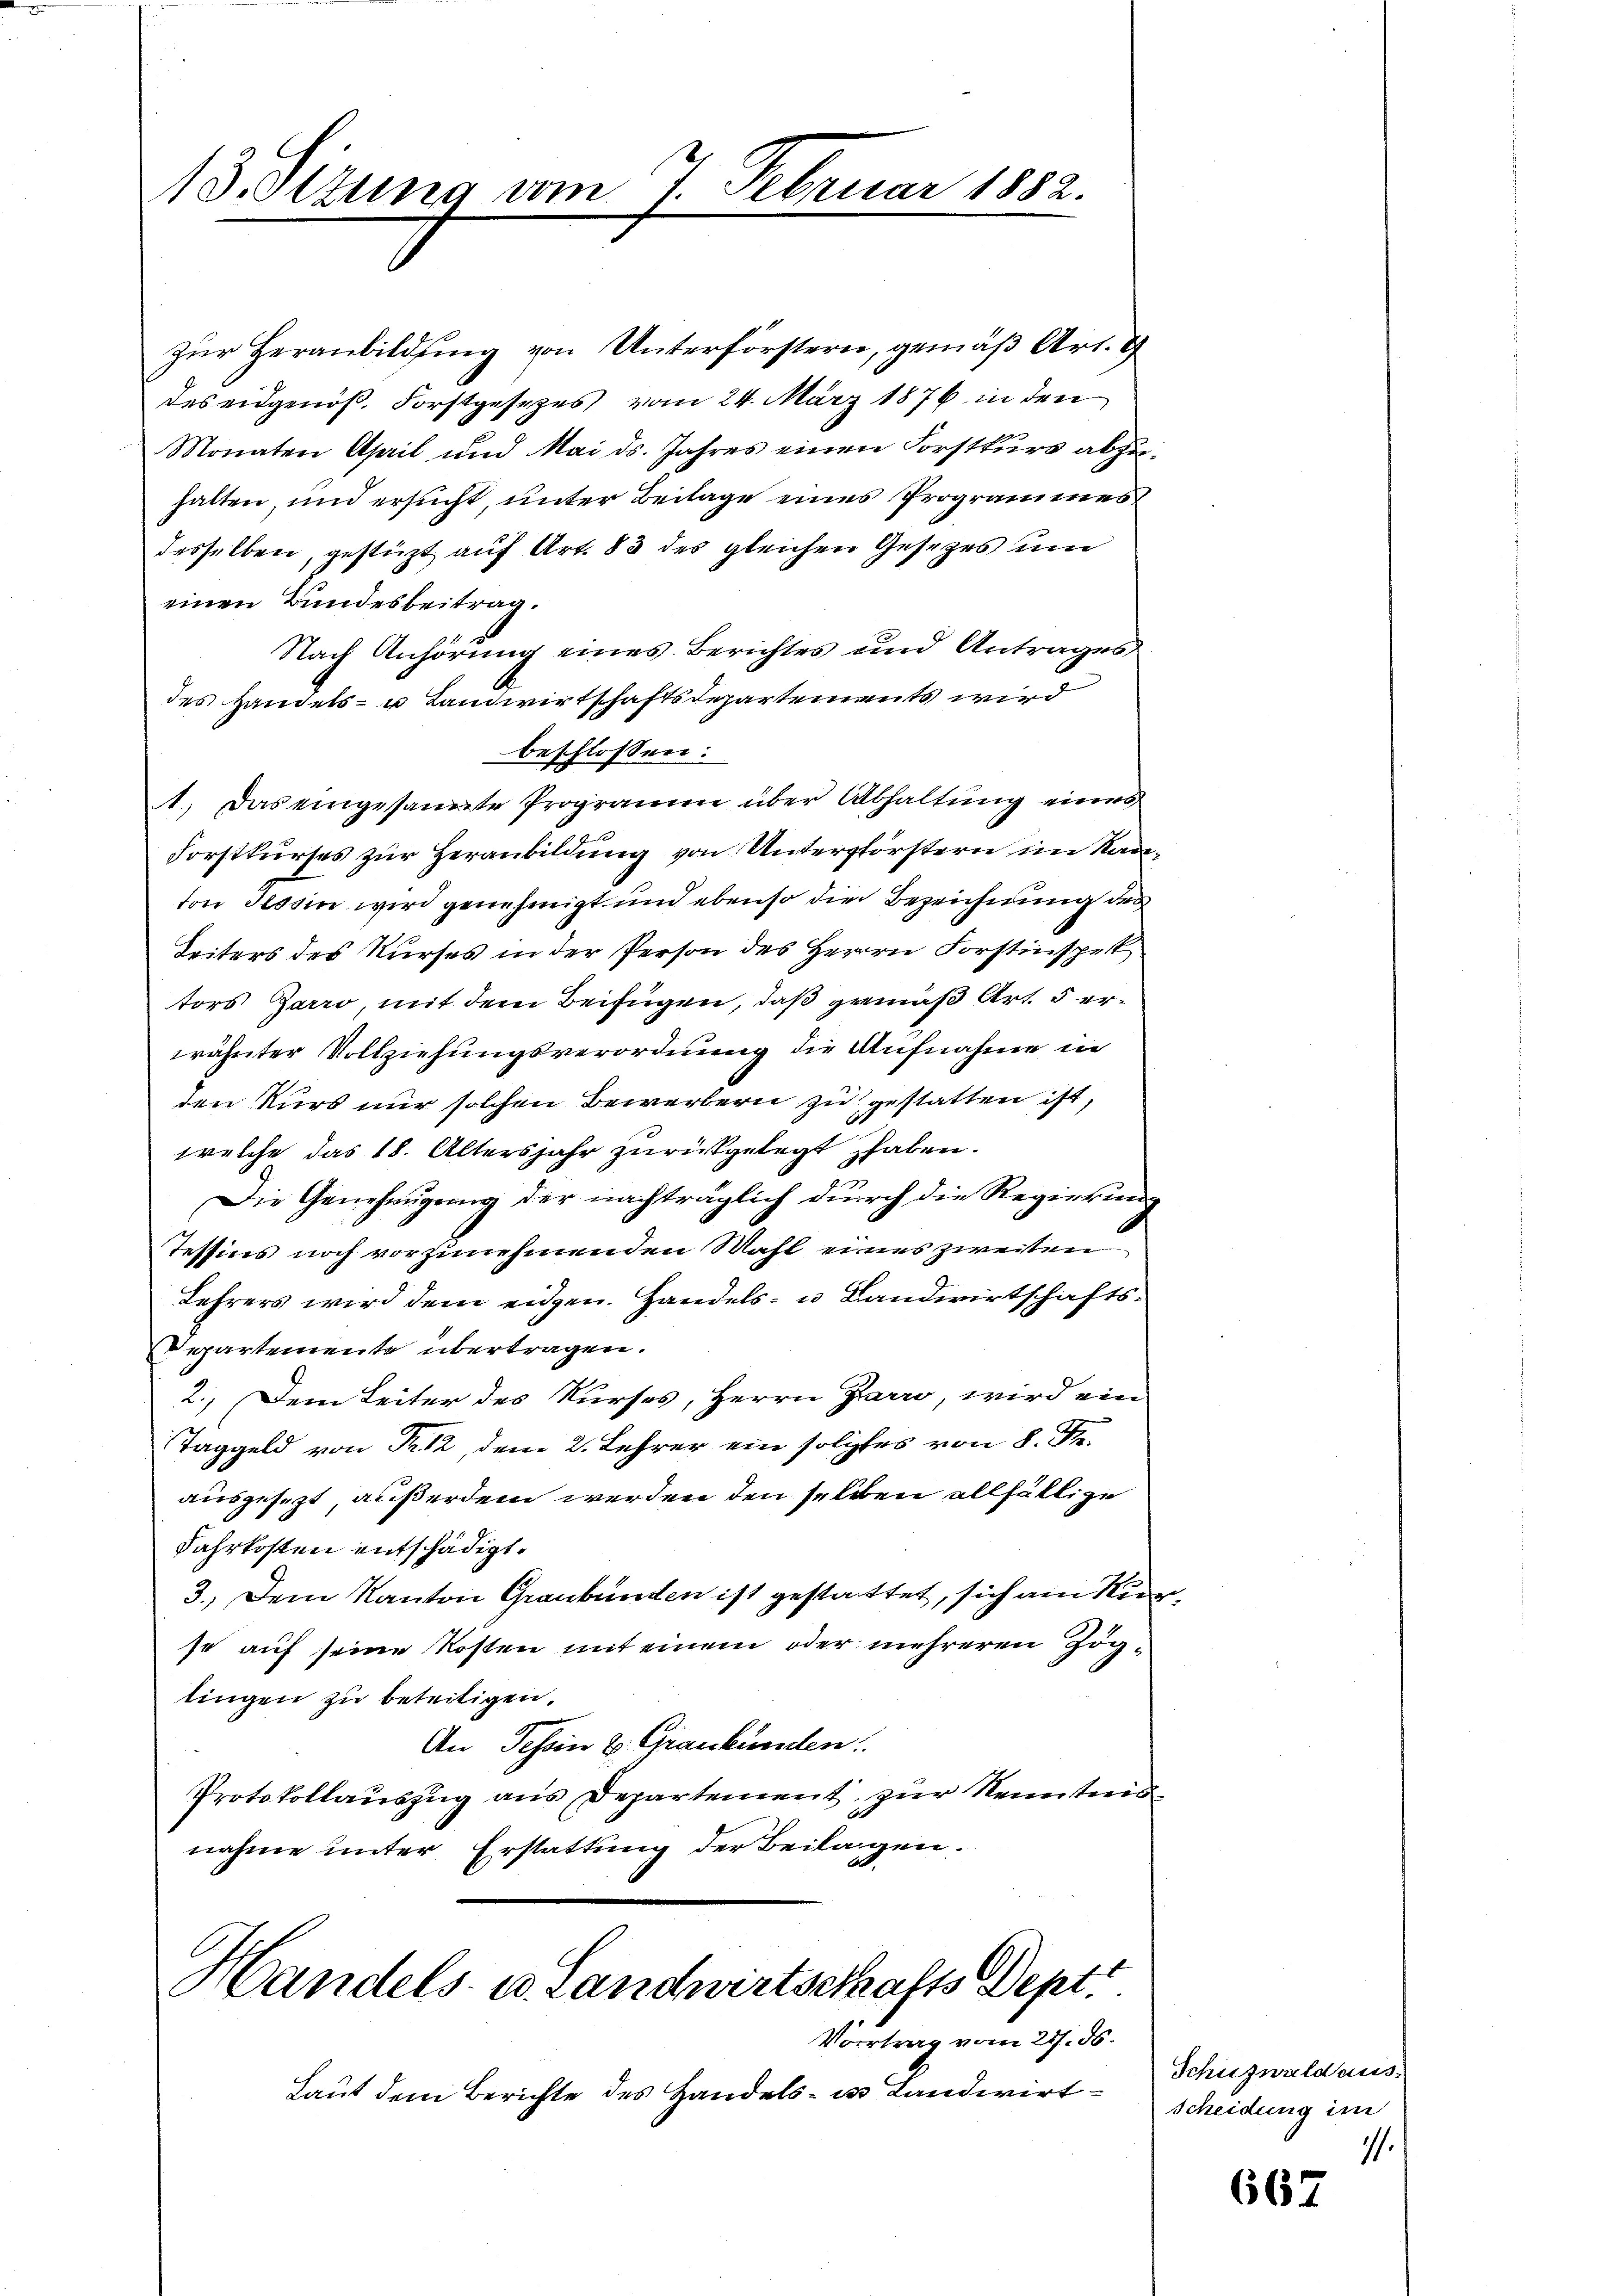
M3. Sitzung am 7. Februar 1882.

zŭr Heranbildung von Unterförstern, gemäß Art. G
des eidgenöß. Forstgesezes vom 24. März 1876 in den
Monaten April und Mai ds. Jahres einen Forstkurs abzuhatten und ersucht, unter Beilage eines Programmes
desselben, gestützt auf Art. 83 des gleichen Gesetzes um
einen Bundesbeitrag.
Nach Anhörŭng eines Berichtes und Antrages
des Handels- u Landwirtschaftsdepartements wird
beschlossen:
1.) Das eingesamte Programm über Abhaltung eines
Forstkurses zur Heranbildung von Unterpförstern im Kanton Tessin wird genehmigt und ebenso die Bezeichnung des
Seiters des Kurses in der Person des Herrn Forstinspet
tors Garro, mit dem Beifügen, daß gemäß Art. 5 erwähnter Vollziehungsverordnung die Aufnahme in
den Kurs nur solchen Bewerbern zu gestatten ist,
welche das 18. Altersjahr zurückgelegt haben.
Die Genehmigung der nachträglich durch die Regierung
Tessins noch vorzunehmenden Mahl eines zweiten
Lehrers wird dem eidgen. Handels- u Landwirtschafts¬
Departemente übertragen.
2.) Dem Leiter des Kurses, Herrn Zarro, wird ein
Taggeld von Nr. 12, dem 2. Lehrer ein folches von 8. d.
ausgesezt, außerdem werden den selben allfällige
Jahrkosten entschädigt.
3.) Dem Kanton Graubünden ist gestattet, sich am Kir
so auf seine Kosten mit einem oder mehreren Zöglingen zu beseitigen.
An Tessin u. Graubünden:
Protokollauszug aus Departement zur Kenntnis
2
nahme unter Erstattung der Beilagen.

Handels- u. Landwirtschafts Dept.
Vortrag vom 21. ds.

Laut dem Berichte des Handels- u. Landwirt¬

Schulzwald aus.
scheidung im
1.

667